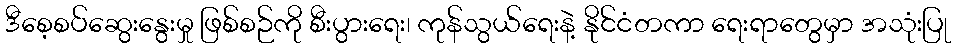
ဒီစေ့စပ်ဆွေးနွေးမှု ဖြစ်စဉ်ကို စီးပွားရေး၊ ကုန်သွယ်ရေးနဲ့ နိုင်ငံတကာ ရေးရာတွေမှာ အသုံးပြု